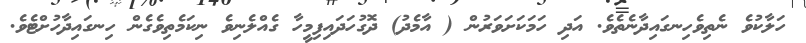
ހަލާކުވެ ނެތިވެހިނގައިދާނެތެވެ. އަދި ހަމަކަށަވަރުން ( އާމެދު) ދޮގުހަދައިފިމީހާ ގެއްލެނިވެ ނިކަމެތިވެގެން ހިނގައިދާހުށްޓެވެ.